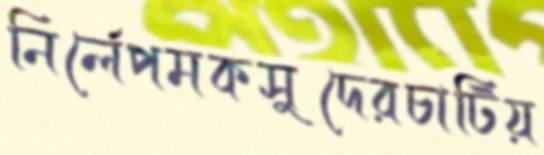
নির্লেপমকসুদেরচাটিয়